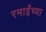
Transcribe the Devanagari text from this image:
रमाईंच्या